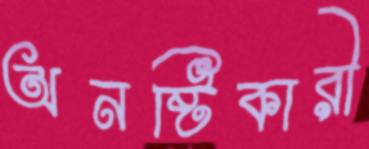
অনষ্টিকারী